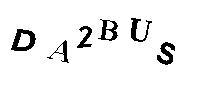
DA2BUS